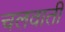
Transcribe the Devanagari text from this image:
चलवाती